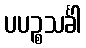
ပပဉ္စသင်္ခါ